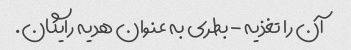
آن را تغذیه - بطری به عنوان هدیه رایگان.